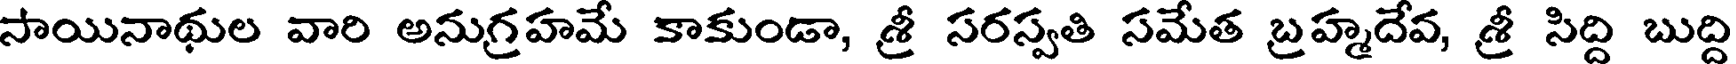
సాయినాథుల వారి అనుగ్రహమే కాకుండా, శ్రీ సరస్వతి సమేత బ్రహ్మదేవ, శ్రీ సిద్ది బుద్ది